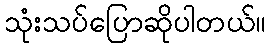
သုံးသပ်ပြောဆိုပါတယ်။